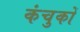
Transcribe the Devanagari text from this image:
कंचुकों